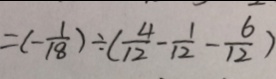
= ( - \frac { 1 } { 1 8 } ) \div ( \frac { 4 } { 1 2 } - \frac { 1 } { 1 2 } - \frac { 6 } { 1 2 } )